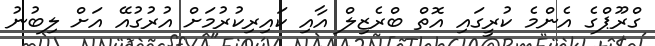
ގްރޫޕްގެ އެންމެ ކުރީގައި އޮތް ބްރެޒިލް އާއި ކައިރިކުރުމަށް އުރުގުއޭ އަށް ލިބުނު